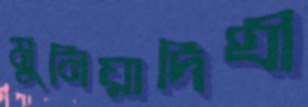
মুনিয়াদিঘী